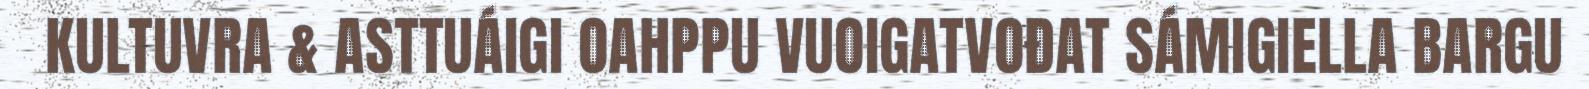
KULTUVRA & ASTTUÁIGI OAHPPU VUOIGATVOĐAT SÁMIGIELLA BARGU